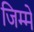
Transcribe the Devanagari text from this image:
जिम्में